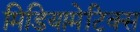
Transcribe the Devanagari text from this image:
मिडियामेटिक्स